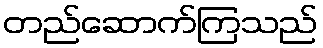
တည်ဆောက်ကြသည်